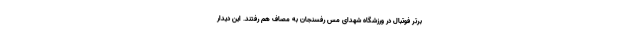
برتر فوتبال در ورزشگاه شهدای مس رفسنجان به مصاف هم رفتند. این دیدار